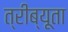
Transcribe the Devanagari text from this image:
त्रीब्यूता